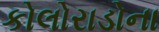
કોલોરાડોના